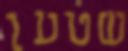
שטען